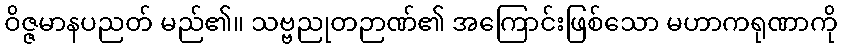
ဝိဇ္ဇမာနပညတ် မည်၏။ သဗ္ဗညုတဉာဏ်၏ အကြောင်းဖြစ်သော မဟာကရုဏာကို